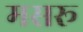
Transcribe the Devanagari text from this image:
मसरू